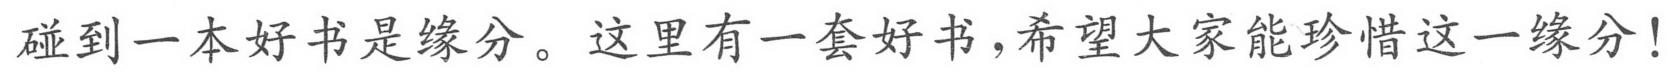
碰到一本好书是缘分。这里有一套好书,希望大家能珍惜这一缘分!